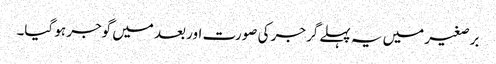
برصغیر میں یہ پہلے گرجر کی صورت اور بعد میں گوجر ہو گیا۔